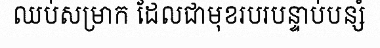
ឈប់សម្រាក ដែលជាមុខរបរបន្ទាប់បន្សំ